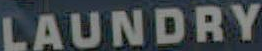
LAUNDRY